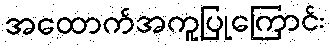
အထောက်အကူပြုကြောင်း